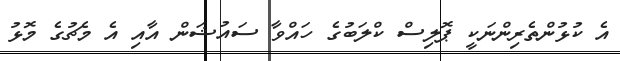
އެ ކުޅުންތެރިންނަކީ ޕޮލިސް ކްލަބުގެ ހައްވާ ސައުޝަން އާއި އެ މެޗުގެ މޮޅު